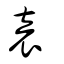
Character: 袁